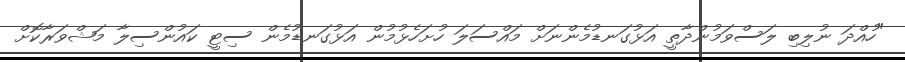
"ހުއްދަ ނުލިބި ލަސްވަމުންދާތީ އަޅުގަނޑުމެންނަށް މައްސަލަ ހުށަހެޅުމުން އަޅުގަނޑުމެން ސިޓީ ކައުންސިލާ މަޝްވަރާކޮށް